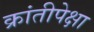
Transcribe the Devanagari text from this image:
क्रांतीपेक्षा